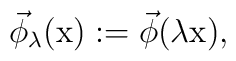
\vec{\phi }_{\lambda }(\textrm{x}):=\vec{\phi }(\lambda \textrm{x}),